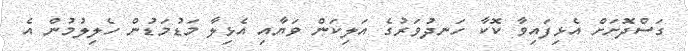
ގަސްދޮށަށް އެޅިފައިވާ ކޮކާ ހަނދުވަރުގެ އަލިކަން ވަޔާއި އެޅިލާ މަޑުމަޑުން ހެލިލުމުން އެ